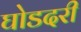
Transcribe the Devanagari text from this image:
घोडदरी